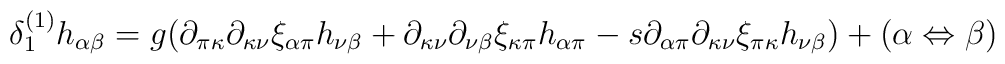
\begin{array}{l}\delta _1^{(1)} h_{\alpha \beta }  = g(\partial _{\pi \kappa }\partial _{\kappa \nu } \xi _{\alpha \pi } h_{\nu \beta }  +\partial _{\kappa \nu } \partial _{\nu \beta } \xi _{\kappa \pi }h_{\alpha \pi }  - s\partial _{\alpha \pi } \partial _{\kappa \nu} \xi _{\pi \kappa } h_{\nu \beta } ) + (\alpha  \Leftrightarrow\beta )\end{array}